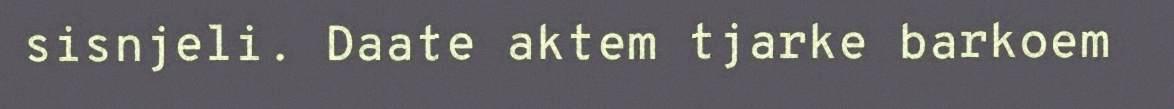
sisnjeli. Daate aktem tjarke barkoem